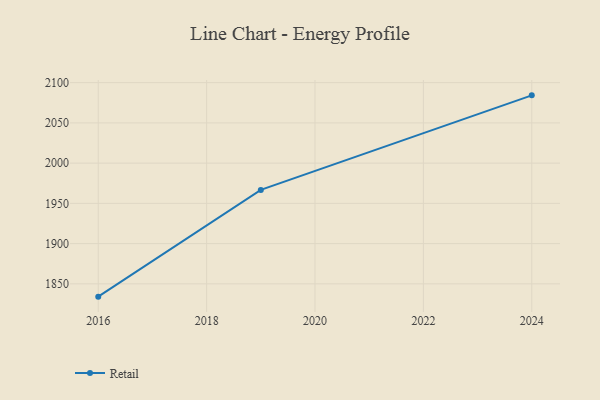
{"axis": {"x": "Year", "y": "Revenue (USD Million)"}, "legend": ["Retail"], "data": [{"x": "2024", "y": 2084.2, "type": "Retail"}, {"x": "2019", "y": 1966.7, "type": "Retail"}, {"x": "2016", "y": 1834.1, "type": "Retail"}]}